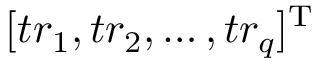
[ t r _ { 1 } , t r _ { 2 } , \ldots , t r _ { q } ] ^ { \mathrm { T } }